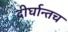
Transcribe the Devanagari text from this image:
दीर्घान्तच